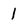
Character: 1